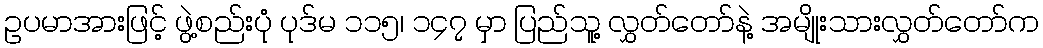
ဥပမာအားဖြင့် ဖွဲ့စည်းပုံ ပုဒ်မ ၁၁၅၊ ၁၄၇ မှာ ပြည်သူ့ လွှတ်တော်နဲ့ အမျိုးသားလွှတ်တော်က